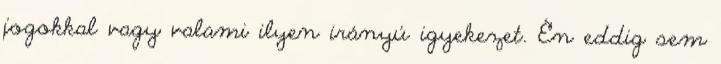
jogokkal vagy valami ilyen irányú igyekezet. Én eddig sem